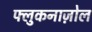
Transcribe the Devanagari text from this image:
फ्लुकनाज़ोल